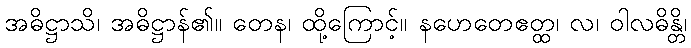
အဓိဋ္ဌာသိ၊ အဓိဋ္ဌာန်၏။ တေန၊ ထို့ကြောင့်။ နဟေတေဧတ္ထ၊ လ၊ ဝါလဓိန္တိ၊